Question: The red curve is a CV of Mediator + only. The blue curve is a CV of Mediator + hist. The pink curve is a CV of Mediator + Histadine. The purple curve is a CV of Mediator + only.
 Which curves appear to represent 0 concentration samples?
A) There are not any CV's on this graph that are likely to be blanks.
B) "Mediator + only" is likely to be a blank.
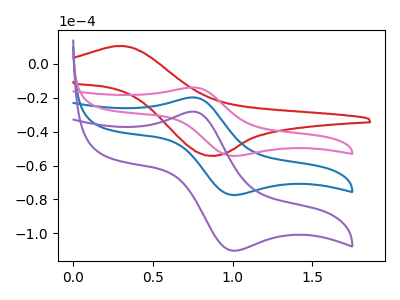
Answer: <think>The red curve "Mediator + only" has an anodic peak at (0.30V, 10.55uA) and a cathodic peak at (0.85V, -54.15uA). The blue curve "Mediator + hist" has an anodic peak at (0.75V, -19.75uA) and a cathodic peak at (1.00V, -77.35uA). The pink curve "Mediator + Histadine" has an anodic peak at (0.75V, -13.90uA) and a cathodic peak at (1.00V, -54.30uA). The purple curve "Mediator + only" has an anodic peak at (0.75V, -39.55uA) and a cathodic peak at (1.00V, -154.75uA).</think>
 <answer>A) There are not any CV's on this graph that are likely to be blanks.</answer>
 <eval>A</eval>